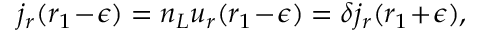
j _ { r } ( r _ { 1 } \! - \! \epsilon ) = n _ { L } u _ { r } ( r _ { 1 } \! - \! \epsilon ) = \delta j _ { r } ( r _ { 1 } \! + \! \epsilon ) ,